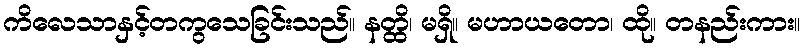
ကိလေသာနှင့်တကွသေခြင်းသည်။ နတ္ထိ၊ မရှိ။ မဟာယတော၊ ထို။ တနည်းကား။